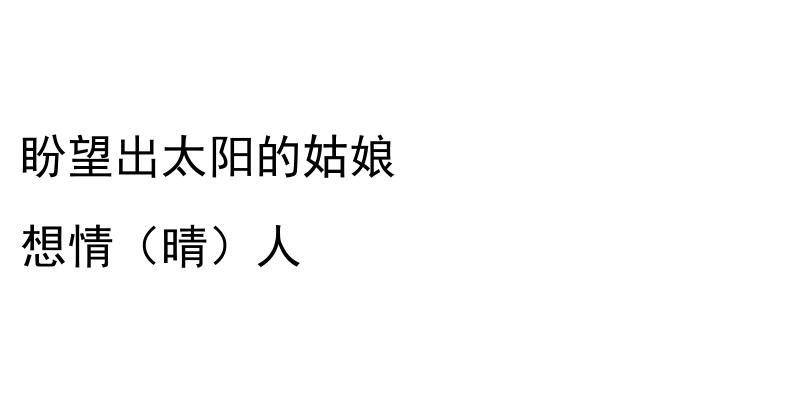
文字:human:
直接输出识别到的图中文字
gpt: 盼望出太阳的姑娘 想情（晴）人